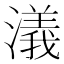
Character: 𣿭